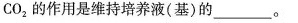
CO_{2}的作用是维持培养液(基)的___。